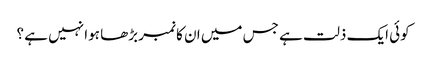
کوئی ایک ذلت ہے جس میں ان کا نمبر بڑھا ہوا نہیں ہے ؟